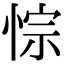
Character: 悰